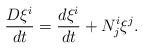
LaTeX: \begin{align*}\frac{D\xi ^{i}}{dt}=\frac{d\xi ^{i}}{dt}+N_{j}^{i}\xi ^{j}. \end{align*}